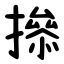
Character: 撡